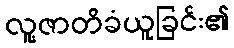
လူ့ဇာတိခံယူခြင်း၏